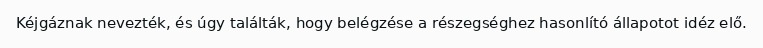
Kéjgáznak nevezték, és úgy találták, hogy belégzése a részegséghez hasonlító állapotot idéz elő.